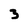
Character: 3